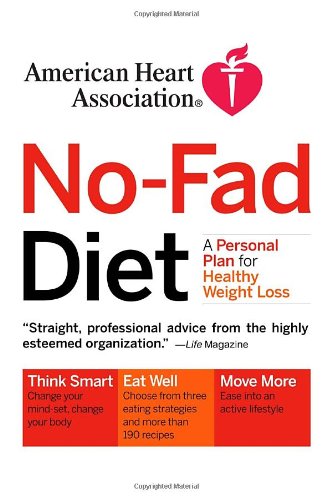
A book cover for American Heart Association No-Fad Diet: A Personal Plan for Healthy Weight Loss; American Heart Association; Health, Fitness & Dieting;